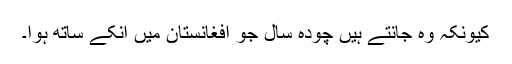
کیونکہ وہ جانتے ہیں چودہ سال جو افغانستان میں انکے ساتھ ہوا۔